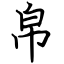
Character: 帛